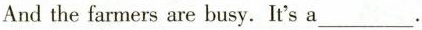
And the farmers are busy. It's a___.